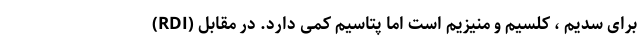
(RDI) برای سدیم ، کلسیم و منیزیم است اما پتاسیم کمی دارد. در مقابل